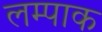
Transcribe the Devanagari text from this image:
लम्पाक